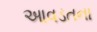
આવડતના